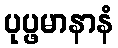
ပုပ္ဖမာနာနံ